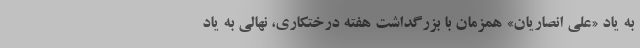
به یاد «علی انصاریان» همزمان با بزرگداشت هفته درختکاری، نهالی به یاد